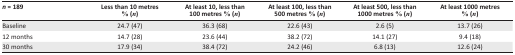
| n = 189 | Less than 10 metres % (n) | At least 10, less than 100 metres % (n) | At least 100, less than 500 metres % (n) | At least 500, less than 1000 metres % (n) | At least 1000 metres % (n) |
 | --- | --- | --- | --- | --- | --- |
 | Baseline | 24.7 (47) | 36.3 (68) | 22.6 (43) | 2.6 (5) | 13.7 (26) |
 | 12 months | 14.7 (28) | 23.6 (44) | 38.2 (72) | 14.1 (27) | 9.4 (18) |
 | 30 months | 17.9 (34) | 38.4 (72) | 24.2 (46) | 6.8 (13) | 12.6 (24) |